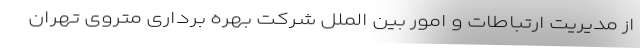
از مدیریت ارتباطات و امور بین الملل شرکت بهره برداری متروی تهران